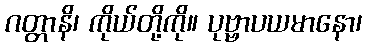
ဂတ္တာနိ၊ ကိုယ်တို့ကို။ ပုဗ္ဗာပယမာနော၊